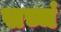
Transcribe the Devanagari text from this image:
सच्चं